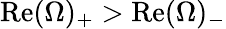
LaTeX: \textrm{Re}(\Omega)_{+}>\textrm{Re}(\Omega)_{-}